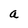
Character: a